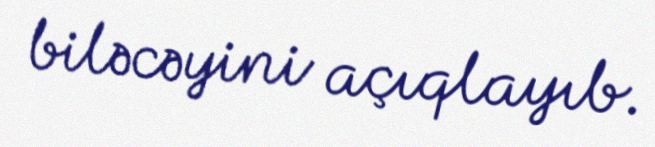
biləcəyini açıqlayıb.